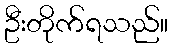
ဦးတိုက်ရသည်။